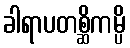
ခါရာပတစ္ဆိကမ္ပိ